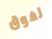
لفوق